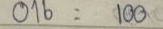
016 = 100